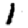
Digit: 1